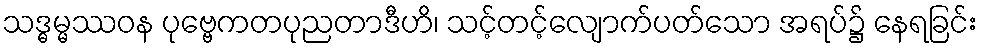
သဒ္ဓမ္မဿဝန ပုဗ္ဗေကတပုညတာဒီဟိ၊ သင့်တင့်လျောက်ပတ်သော အရပ်၌ နေရခြင်း